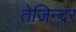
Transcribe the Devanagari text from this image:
तेजिन्दर